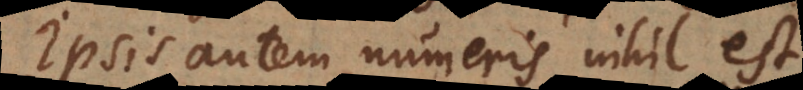
Ipsis autem numeris nihil est